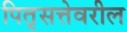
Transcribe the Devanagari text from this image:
पितृसत्तेवरील